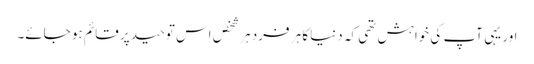
اور یہی آپ کی خواہش تھی کہ دنیا کا ہر فرد ہر شخص اس توحید پر قائم ہو جائے۔